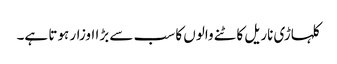
کلہاڑی ناریل کاٹنے والوں کا سب سے بڑا اوزار ہوتا ہے۔